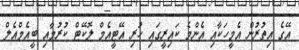
އޭގެ އިތުރުން އެމީހަކާއި އެންމެ ކައިރީގައި ހުރި އޭޓީއެމް ލޮކޭޓް ކުރުމާއި ބީއެމްއެލް